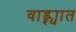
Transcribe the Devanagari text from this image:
वाड्श्यात